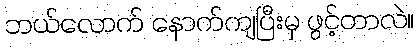
ဘယ်လောက် နောက်ကျပြီးမှ ဖွင့်တာလဲ။